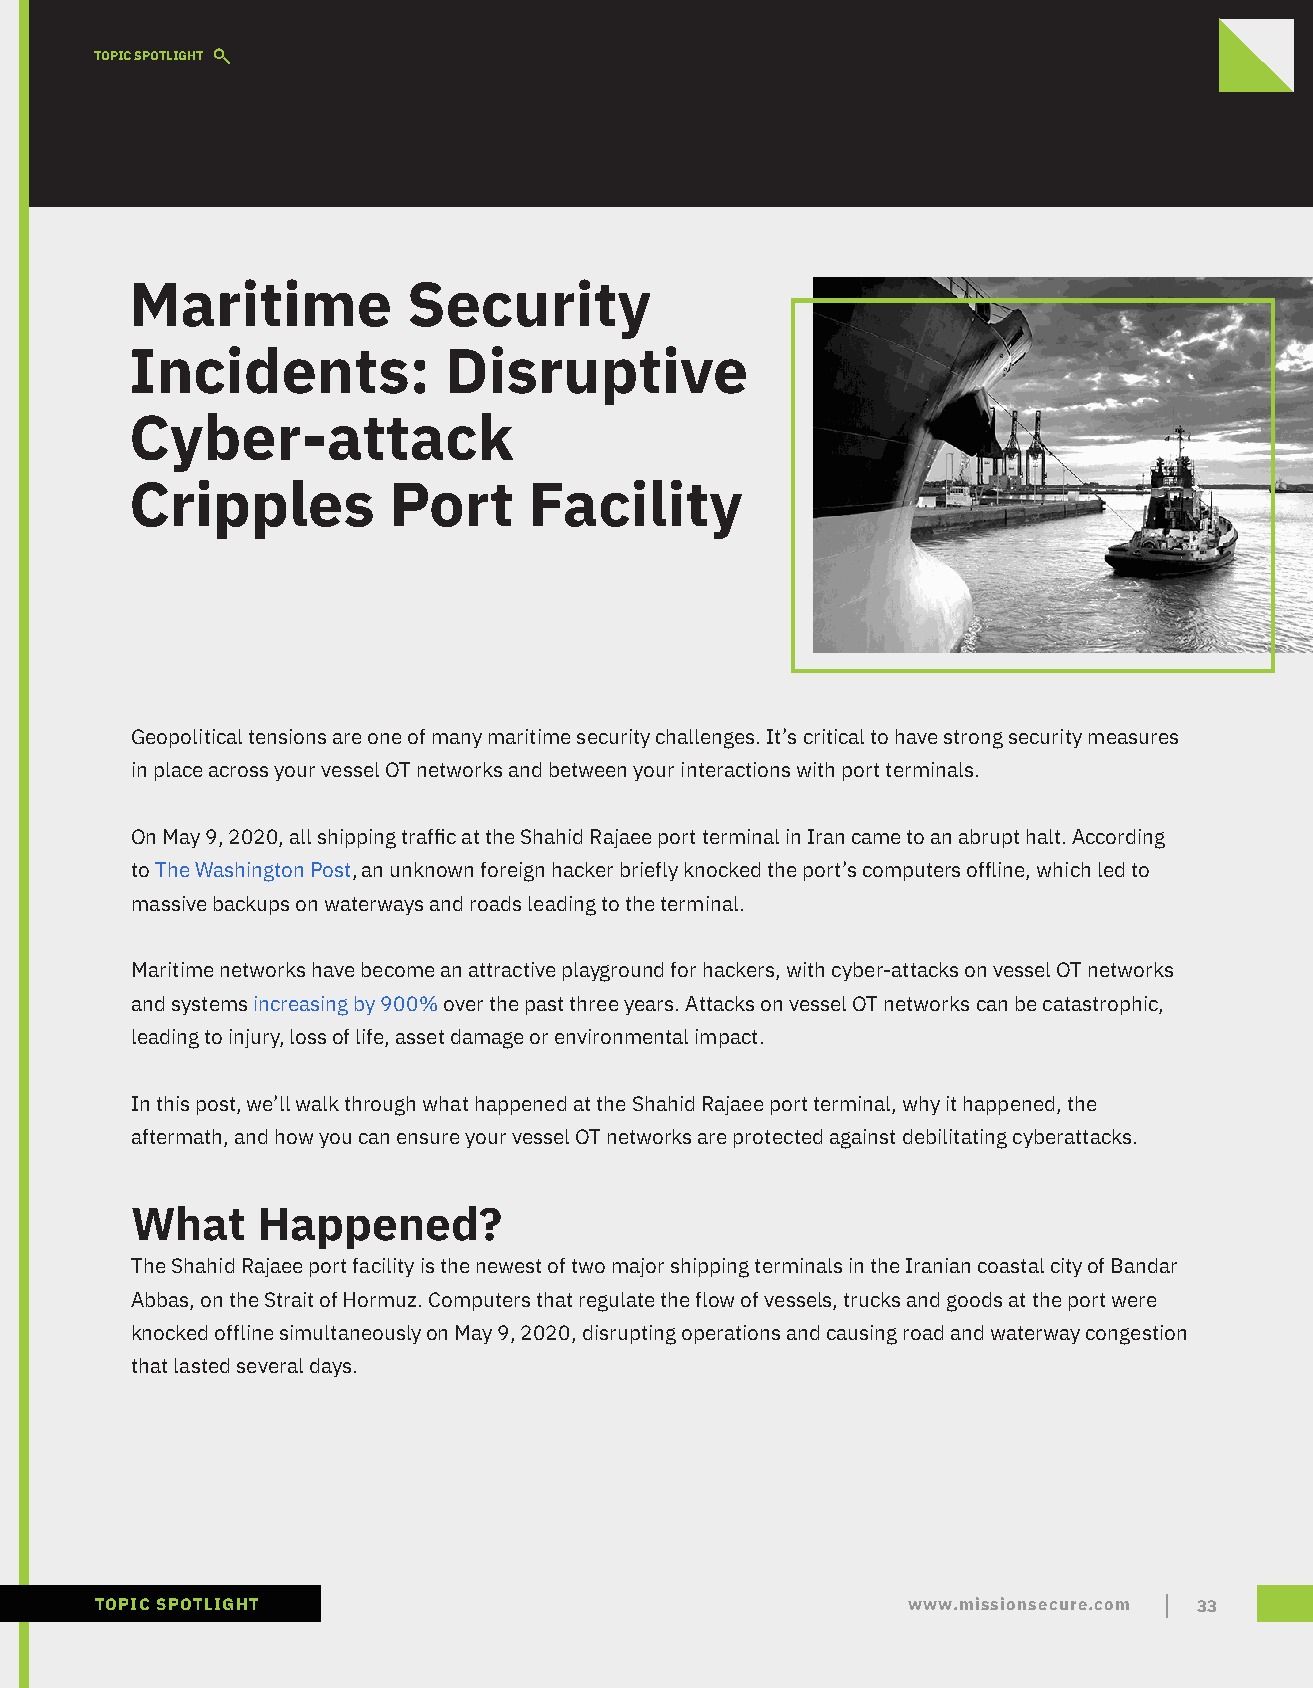
TOPIC SPOTLIGHT
 Maritime          Security
 Incidents:          Disruptive
 Cyber-attack
 Cripples         Port     Facility
 Geopolitical tensions are one of many maritime security challenges. It’s critical to have strong security measures
 in place across your vessel OT networks and between your interactions with port terminals.
 On May 9, 2020, all shipping traffic at the Shahid Rajaee port terminal in Iran came to an abrupt halt. According
 to The Washington Post, an unknown foreign hacker briefly knocked the port’s computers offline, which led to
 massive backups on waterways and roads leading to the terminal.
 Maritime networks have become an attractive playground for hackers, with cyber-attacks on vessel OT networks
 and systems increasing by 900% over the past three years. Attacks on vessel OT networks can be catastrophic,
 leading to injury, loss of life, asset damage or environmental impact.
 In this post, we’ll walk through what happened at the Shahid Rajaee port terminal, why it happened, the
 aftermath, and how you can ensure your vessel OT networks are protected against debilitating cyberattacks.
 What    Happened?
 The Shahid Rajaee port facility is the newest of two major shipping terminals in the Iranian coastal city of Bandar
 Abbas, on the Strait of Hormuz. Computers that regulate the flow of vessels, trucks and goods at the port were
 knocked offline simultaneously on May 9, 2020, disrupting operations and causing road and waterway congestion
 that lasted several days.
 TOPIC SPOTLIGHT                                       www.missionsecure.com 33